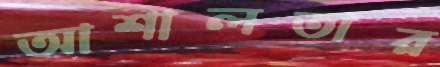
আশালতার